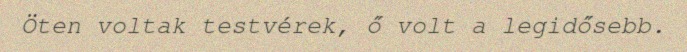
Öten voltak testvérek, ő volt a legidősebb.